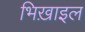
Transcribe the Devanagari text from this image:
भिख़ाइल